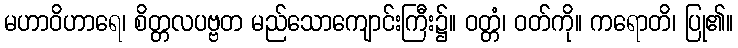
မဟာဝိဟာရေ၊ စိတ္တလပဗ္ဗတ မည်သောကျောင်းကြီး၌။ ဝတ္တံ၊ ဝတ်ကို။ ကရောတိ၊ ပြု၏။